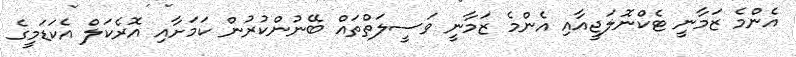
އެންމެ ޒަމާނީ ޓެކްނޮލަޖީއާއި އެންމެ ޒަމާނީ ވަސީލަތްތައް ބޭނުންކުރުން ކަމަށާއި އޮރެކަލް އެކަޑަމީގެ